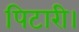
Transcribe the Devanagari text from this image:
पिटारी।